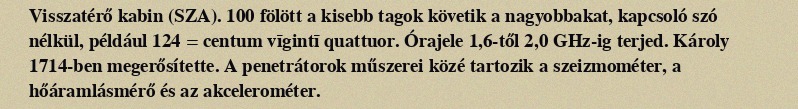
Visszatérő kabin (SZA). 100 fölött a kisebb tagok követik a nagyobbakat, kapcsoló szó nélkül, például 124 = centum vīgintī quattuor. Órajele 1,6-től 2,0 GHz-ig terjed. Károly 1714-ben megerősítette. A penetrátorok műszerei közé tartozik a szeizmométer, a hőáramlásmérő és az akcelerométer.